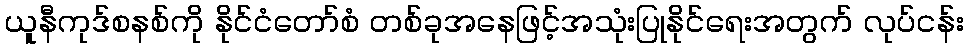
ယူနီကုဒ်စနစ်ကို နိုင်ငံတော်စံ တစ်ခုအနေဖြင့်အသုံးပြုနိုင်ရေးအတွက် လုပ်ငန်း